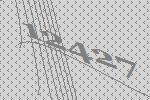
12427